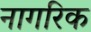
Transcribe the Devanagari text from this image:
नागरिक